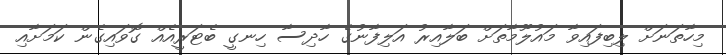
މިހާތަނަށް ލިބިފައިވާ މައުލޫމާތަށް ބަލާއިރު އަލިފާނުގެ ހާދިސާ ހިނގީ ބެޓަރީއެއް ގޮވައިގެން ކަމަށާއި